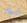
به